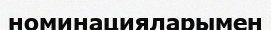
номинацияларымен